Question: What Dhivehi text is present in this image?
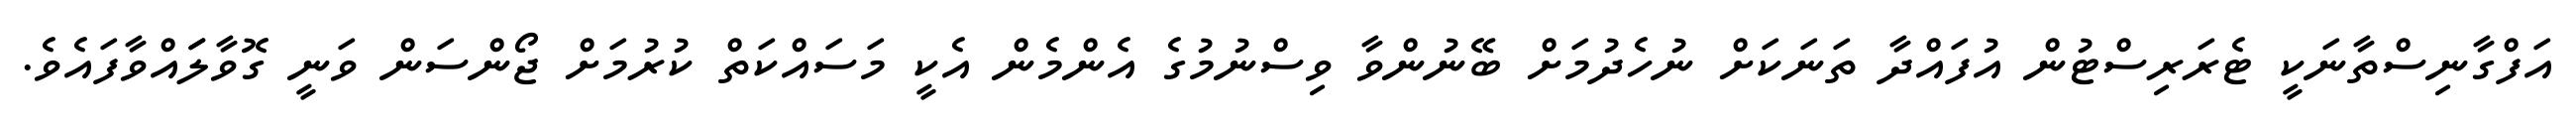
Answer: އަފްގާނިސްތާނަކީ ޓެރަރިސްޓުން އުފައްދާ ތަނަކަށް ނުހެދުމަށް ބޭނުންވާ ވިސްނުމުގެ އެންމެން އެކީ މަސައްކަތް ކުރުމަށް ޖޯންސަން ވަނީ ގޮވާލަައްވާފައެވެ.